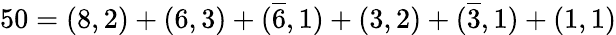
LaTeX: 50=(8,2)+(6,3)+(\overline{{{6}}},1)+(3,2)+(\overline{{{3}}},1)+(1,1)